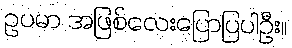
ဥပမာ အဖြစ်လေးပြောပြပါဦး။